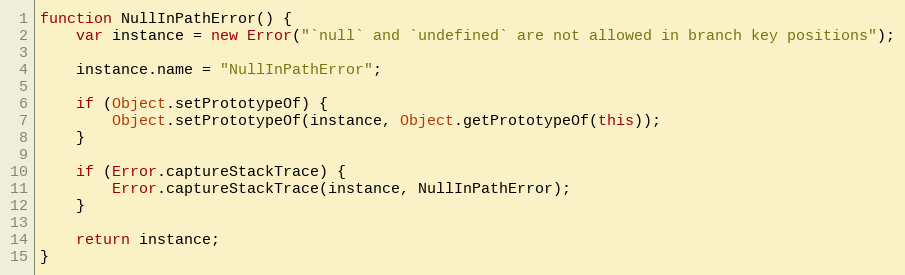
Language: JavaScript
function NullInPathError() {
    var instance = new Error("`null` and `undefined` are not allowed in branch key positions");

    instance.name = "NullInPathError";

    if (Object.setPrototypeOf) {
        Object.setPrototypeOf(instance, Object.getPrototypeOf(this));
    }

    if (Error.captureStackTrace) {
        Error.captureStackTrace(instance, NullInPathError);
    }

    return instance;
}